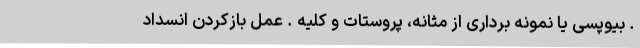
. بیوپسی یا نمونه برداری از مثانه، پروستات و کلیه . عمل بازکردن انسداد